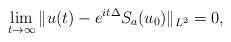
LaTeX: \begin{align*}\lim_{t\to\infty} \|u(t) - e^{it\Delta} S_a(u_0)\|_{L^2} = 0,\end{align*}